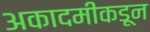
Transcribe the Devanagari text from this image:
अकादमीकडून